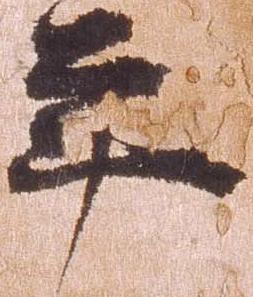
年